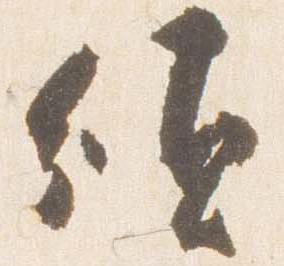
須